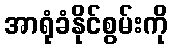
အာရုံခံနိုင်စွမ်းကို